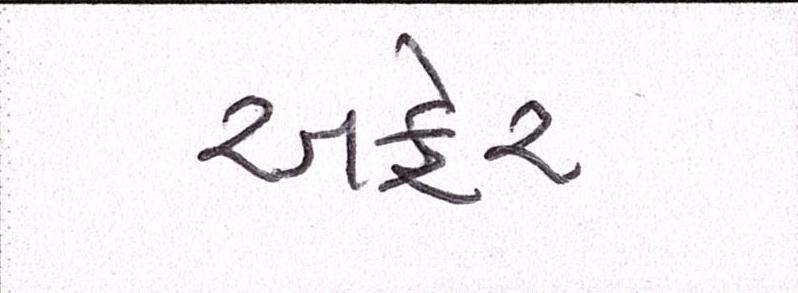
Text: અફેર